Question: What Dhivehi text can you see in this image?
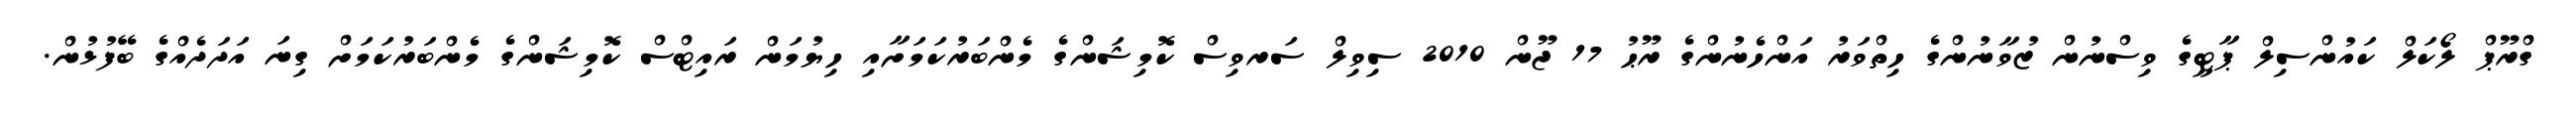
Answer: ގްރޫޕް ލޯކަލް ކައުންސިލް ޕާޓީގެ ވިސްނުން ޒުވާނުންގެ ހިތްވަރު އަންހެނުންގެ ރޫޙު 17 ޖޫން 2010 ސިވިލް ސަރވިސް ކޮމިޝަންގެ މެންބަރުކަމަށާއި ހިޔުމަން ރައިޓްސް ކޮމިޝަންގެ މެންބަރުކަމަށް ގިނަ އަދަދެއްގެ ބޭފުޅުން.